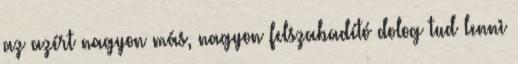
az azért nagyon más, nagyon felszabadító dolog tud lenni